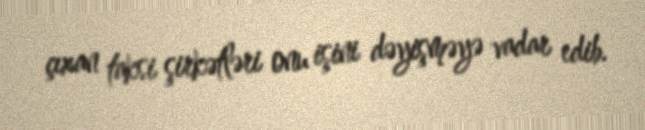
çıxan taksi şirkətləri onu işini dəyişməyə vadar edib.